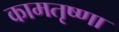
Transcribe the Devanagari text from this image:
कामतृष्णा